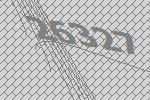
26327